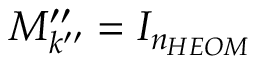
M _ { k ^ { \prime \prime } } ^ { \prime \prime } = I _ { n _ { H E O M } }